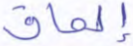
إلحاق